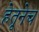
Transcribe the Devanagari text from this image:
हेतूनेच